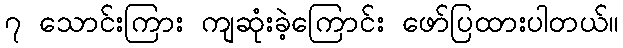
၇ သောင်းကြား ကျဆုံးခဲ့ကြောင်း ဖော်ပြထားပါတယ်။